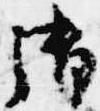
御